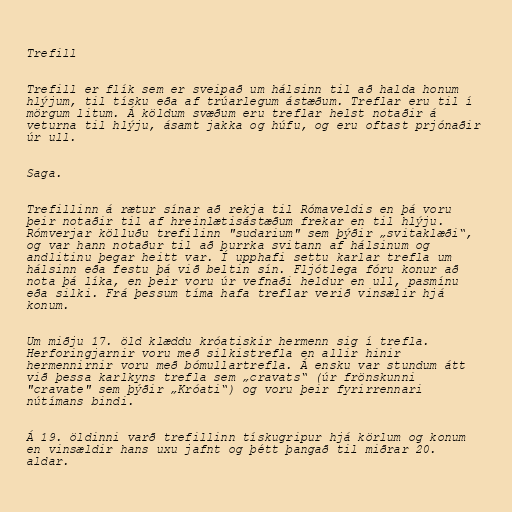
Trefill

Trefill er flík sem er sveipað um hálsinn til að halda honum
hlýjum, til tísku eða af trúarlegum ástæðum. Treflar eru til í
mörgum litum. Á köldum svæðum eru treflar helst notaðir á
veturna til hlýju, ásamt jakka og húfu, og eru oftast prjónaðir
úr ull.

Saga.

Trefillinn á rætur sínar að rekja til Rómaveldis en þá voru
þeir notaðir til af hreinlætisástæðum frekar en til hlýju.
Rómverjar kölluðu trefilinn "sudarium" sem þýðir „svitaklæði“,
og var hann notaður til að þurrka svitann af hálsinum og
andlitinu þegar heitt var. Í upphafi settu karlar trefla um
hálsinn eða festu þá við beltin sín. Fljótlega fóru konur að
nota þá líka, en þeir voru úr vefnaði heldur en ull, pasmínu
eða silki. Frá þessum tíma hafa treflar verið vinsælir hjá
konum.

Um miðju 17. öld klæddu króatiskir hermenn sig í trefla.
Herforingjarnir voru með silkistrefla en allir hinir
hermennirnir voru með bómullartrefla. Á ensku var stundum átt
við þessa karlkyns trefla sem „cravats“ (úr frönskunni
"cravate" sem þýðir „Króati“) og voru þeir fyrirrennari
nútímans bindi.

Á 19. öldinni varð trefillinn tískugripur hjá körlum og konum
en vinsældir hans uxu jafnt og þétt þangað til miðrar 20.
aldar.